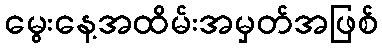
မွေးနေ့အထိမ်းအမှတ်အဖြစ်